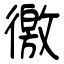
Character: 徼